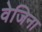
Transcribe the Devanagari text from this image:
वेजिना